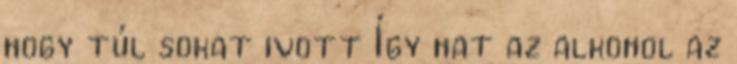
hogy túl sokat ivott Így hat az alkohol az